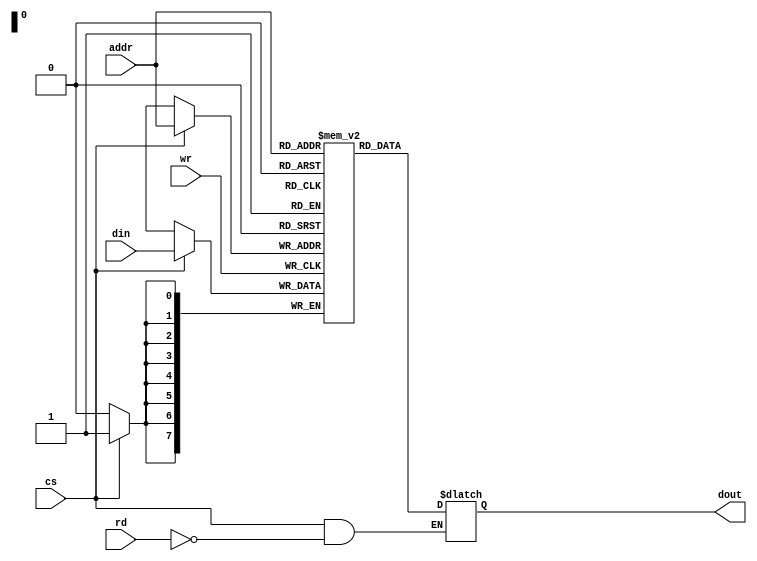
//File?sram.v

`timescale 1ns/1ns

module sram( dout, din, addr, wr, rd, cs );
  output reg [7:0] dout;
  input [7:0] din,addr;
  input wr,rd,cs;
  
  reg [7:0] sram [255:0];
  
  always @(posedge wr) begin
    if (cs) sram[addr] <= din;
  end
  
  always @(rd) begin
    if (cs && !rd) dout <= sram[addr];
  end
  
endmodule